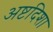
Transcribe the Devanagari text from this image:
अष्टदिशा